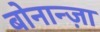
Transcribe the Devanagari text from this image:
बोनान्ज़ा